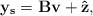
LaTeX: \begin{align*} \mathbf{y_s}=\mathbf{B}\mathbf{v}+\mathbf{\hat{z}} ,\end{align*}